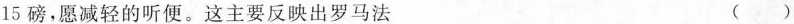
15磅，愿减轻的听便。这主要反映出罗马法 ( )